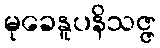
မုခေနူပနိသဇ္ဇ